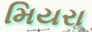
મિયરા